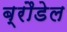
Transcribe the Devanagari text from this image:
ब्रौडेल